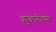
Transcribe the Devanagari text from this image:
झुआरीच्या